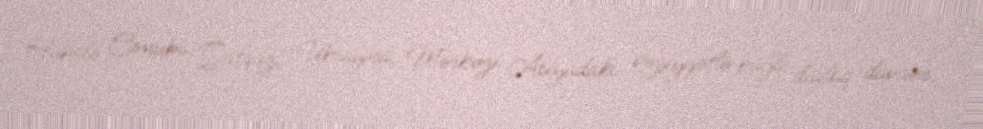
Habelə Cənubi Qafqaz, Ukrayna, Mərkəzi Asiyadakı vəziyyətlə bağlı dialoq davam